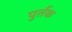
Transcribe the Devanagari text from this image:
पुर्तक